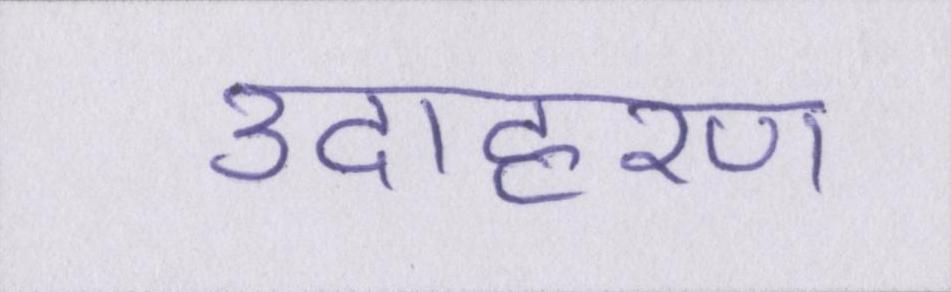
उदाहरण